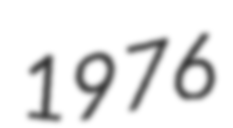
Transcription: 1976